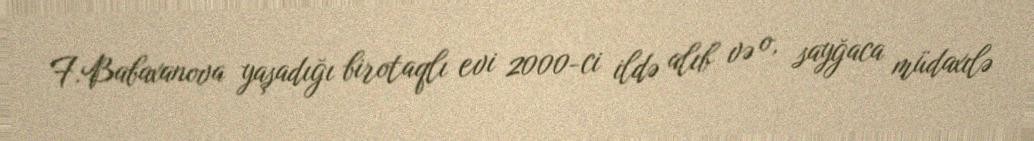
F.Babaxanova yaşadığı birotaqlı evi 2000-ci ildə alıb və o, sayğaca müdaxılə